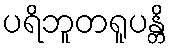
ပရိဘူတရူပန္တိ